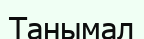
Танымал